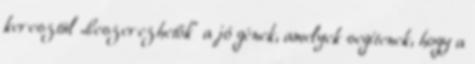
keresztül „beszerezhetők” a jó gének, amelyek segítenek, hogy a